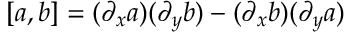
[ a , b ] = ( \partial _ { x } a ) ( \partial _ { y } b ) - ( \partial _ { x } b ) ( \partial _ { y } a )